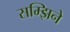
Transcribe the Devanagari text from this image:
सम्झिने